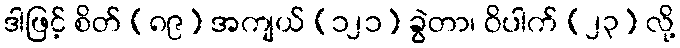
ဒါဖြင့် စိတ် (၈၉) အကျယ် (၁၂၁) ခွဲတာ၊ ဝိပါက် (၂၃) လို့